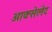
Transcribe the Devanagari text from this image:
आक्सेलेट